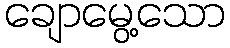
ချောမွေ့သော